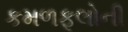
કમળફૂલોની